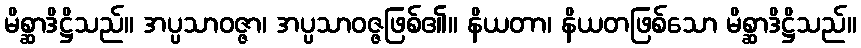
မိစ္ဆာဒိဋ္ဌိသည်။ အပ္ပသာဝဇ္ဇာ၊ အပ္ပသာဝဇ္ဇဖြစ်၏။ နိယတာ၊ နိယတဖြစ်သော မိစ္ဆာဒိဋ္ဌိသည်။